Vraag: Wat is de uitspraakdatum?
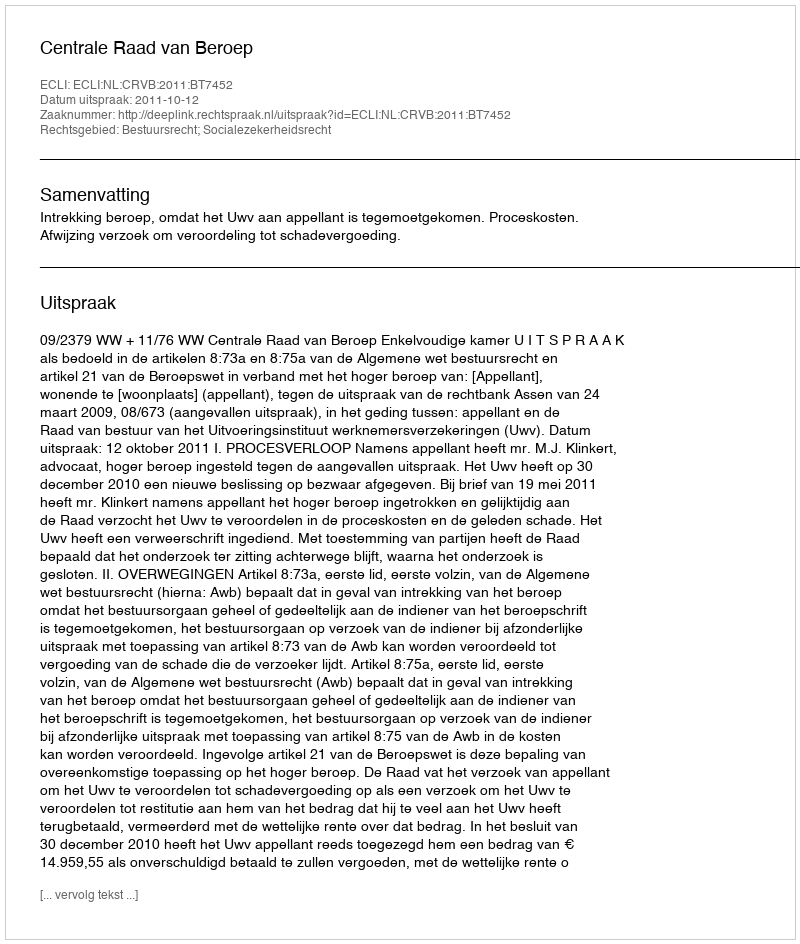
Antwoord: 2011-10-12